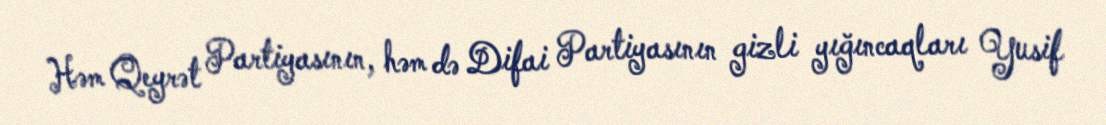
Həm Qeyrət Partiyasının, həm də Difai Partiyasının gizli yığıncaqları Yusif